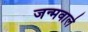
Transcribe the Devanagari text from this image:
जन्मवाले